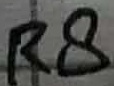
Text: R8